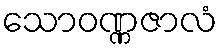
သောဝဏ္ဏဇာလံ